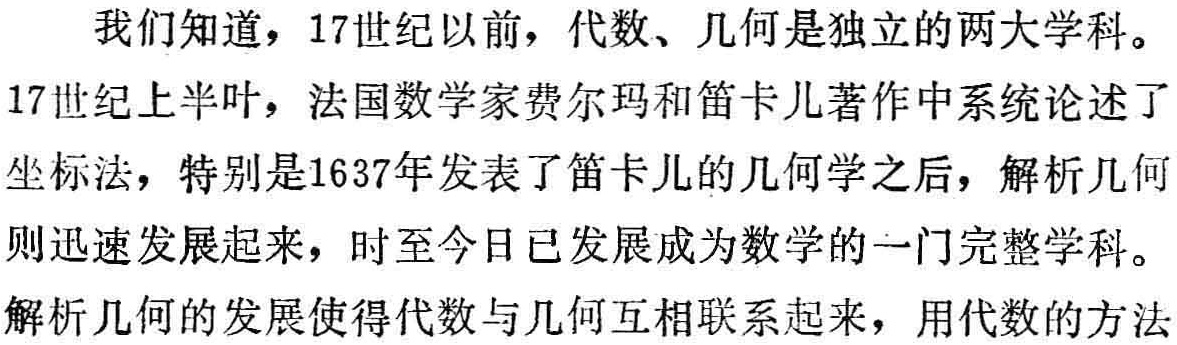
我们知道，17世纪以前，代数、几何是独立的两大学科。

17世纪上半叶，法国数学家费尔玛和笛卡儿著作中系统论述了

坐标法，特别是1637年发表了笛卡儿的几何学之后，解析几何

则迅速发展起来，时至今日已发展成为数学的一门完整学科。

解析几何的发展使得代数与几何互相联系起来，用代数的方法